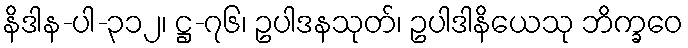
နိဒါန-ပါ-၃၁၂၊ ဋ္ဌ-၇၆၊ ဥပါဒနသုတ်၊ ဥပါဒါနိယေသု ဘိက္ခဝေ